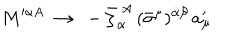
M ^ { \alpha A } ~ \to ~ - { \bar { \zeta } } _ { \dot { \alpha } } ^ { ~ A } \, ( \bar { \sigma } ^ { \mu } ) ^ { \dot { \alpha } \beta } \, a _ { \mu } ^ { \prime }